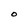
Character: O